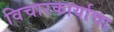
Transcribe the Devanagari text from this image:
विचारकार्याचा